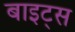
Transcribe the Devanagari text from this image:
बाइट्‌स